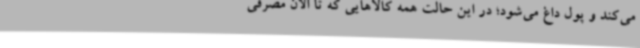
می‌کند و پول داغ می‌شود؛ در این حالت همه کالاهایی که تا الان مصرفی